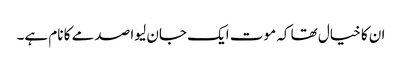
ان کا خیال تھا کہ موت ایک جان لیوا صدمے کا نام ہے۔